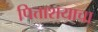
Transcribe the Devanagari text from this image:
पित्ताशयाचा